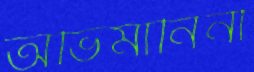
অভিমানিনী